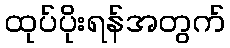
ထုပ်ပိုးရန်အတွက်